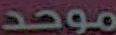
موحد